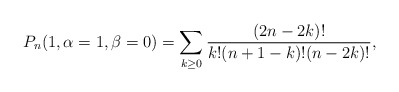
\begin{gather*}P_n(1,\alpha=1,\beta=0)= \sum_{k \ge 0} {(2n-2k) ! \over k ! (n+1-k) !(n-2k) !},\end{gather*}